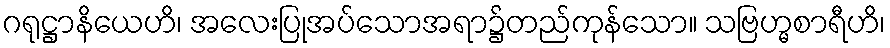
ဂရုဋ္ဌာနိယေဟိ၊ အလေးပြုအပ်သောအရာ၌တည်ကုန်သော။ သဗြဟ္မစာရီဟိ၊